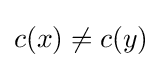
c(x)\neq c(y)